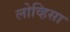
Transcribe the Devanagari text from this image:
लोव्हिसा